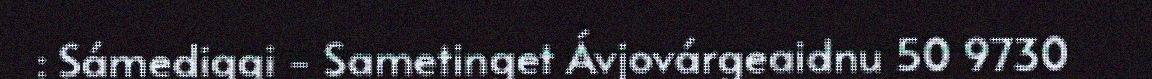
: Sámediggi - Sametinget Ávjovárgeaidnu 50 9730